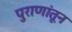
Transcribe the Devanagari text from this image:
पुराणांतून